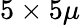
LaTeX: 5\times 5\mu